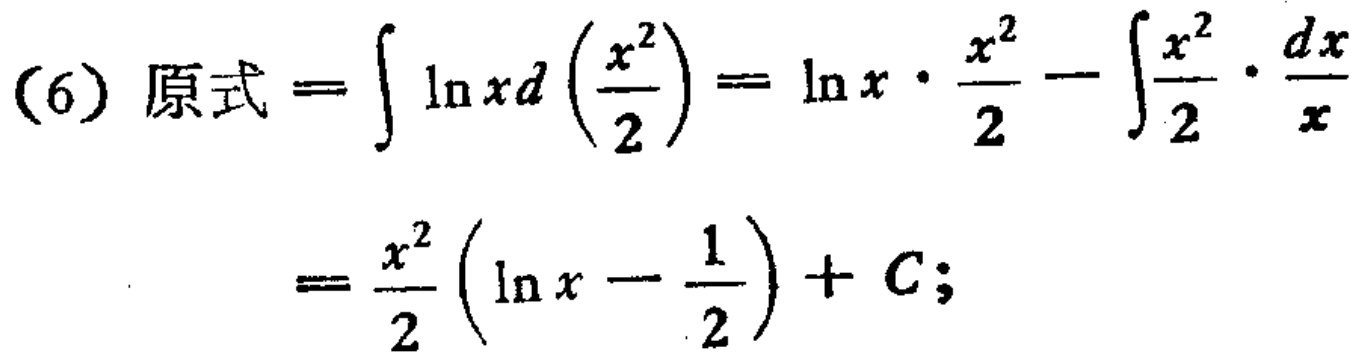
\[
\begin{align*}
(6)\text{ 原式}&=\int\ln xd\left(\frac{x^{2}}{2}\right)=\ln x\cdot\frac{x^{2}}{2}-\int\frac{x^{2}}{2}\cdot\frac{dx}{x}\\
&=\frac{x^{2}}{2}\left(\ln x - \frac{1}{2}\right)+C;
\end{align*}
\]